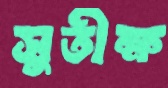
সুতীক্ষ